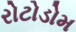
રોટોડોમ